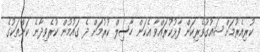
ކުރިއެރުމަށް ޝައުގުވެރިކަން ފާޅުކުރައްވާ އެކަން ހާސިލް ކުރުމަށް ދެ ގައުމުން ކުރެވިދާނެ ކަންތަކުގެ